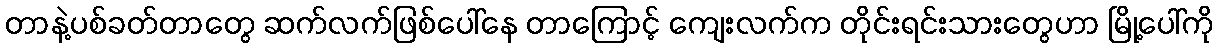
တာနဲ့ပစ်ခတ်တာတွေ ဆက်လက်ဖြစ်ပေါ်နေ တာကြောင့် ကျေးလက်က တိုင်းရင်းသားတွေဟာ မြို့ပေါ်ကို